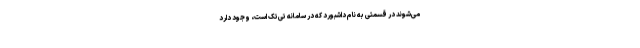
می‌شوند در قسمتی به نام داشبورد که در سامانه تی‌تک است، وجود دارد